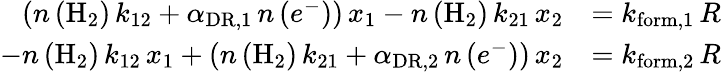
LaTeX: \begin{array}{rl}{\left(n\left(\mathrm{H}_{2}\right)\, k_{12}+\alpha_{\mathrm{DR},1}\, n\left(e^{-}\right)\right)\, x_{1}-n\left(\mathrm{H}_{2}\right)\, k_{21}\, x_{2}}&{=k_{\mathrm{form},1}\, R}\\ {-n\left(\mathrm{H}_{2}\right)\, k_{12}\, x_{1}+\left(n\left(\mathrm{H}_{2}\right)\, k_{21}+\alpha_{\mathrm{DR},2}\, n\left(e^{-}\right)\right)\, x_{2}}&{=k_{\mathrm{form},2}\, R}\end{array}